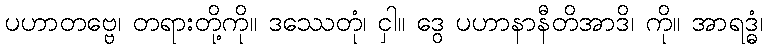
ပဟာတဗ္ဗေ၊ တရားတို့ကို။ ဒဿေတုံ၊ ငှါ။ ဒွေ ပဟာနာနီတိအာဒိ၊ ကို။ အာရဒ္ဓံ၊